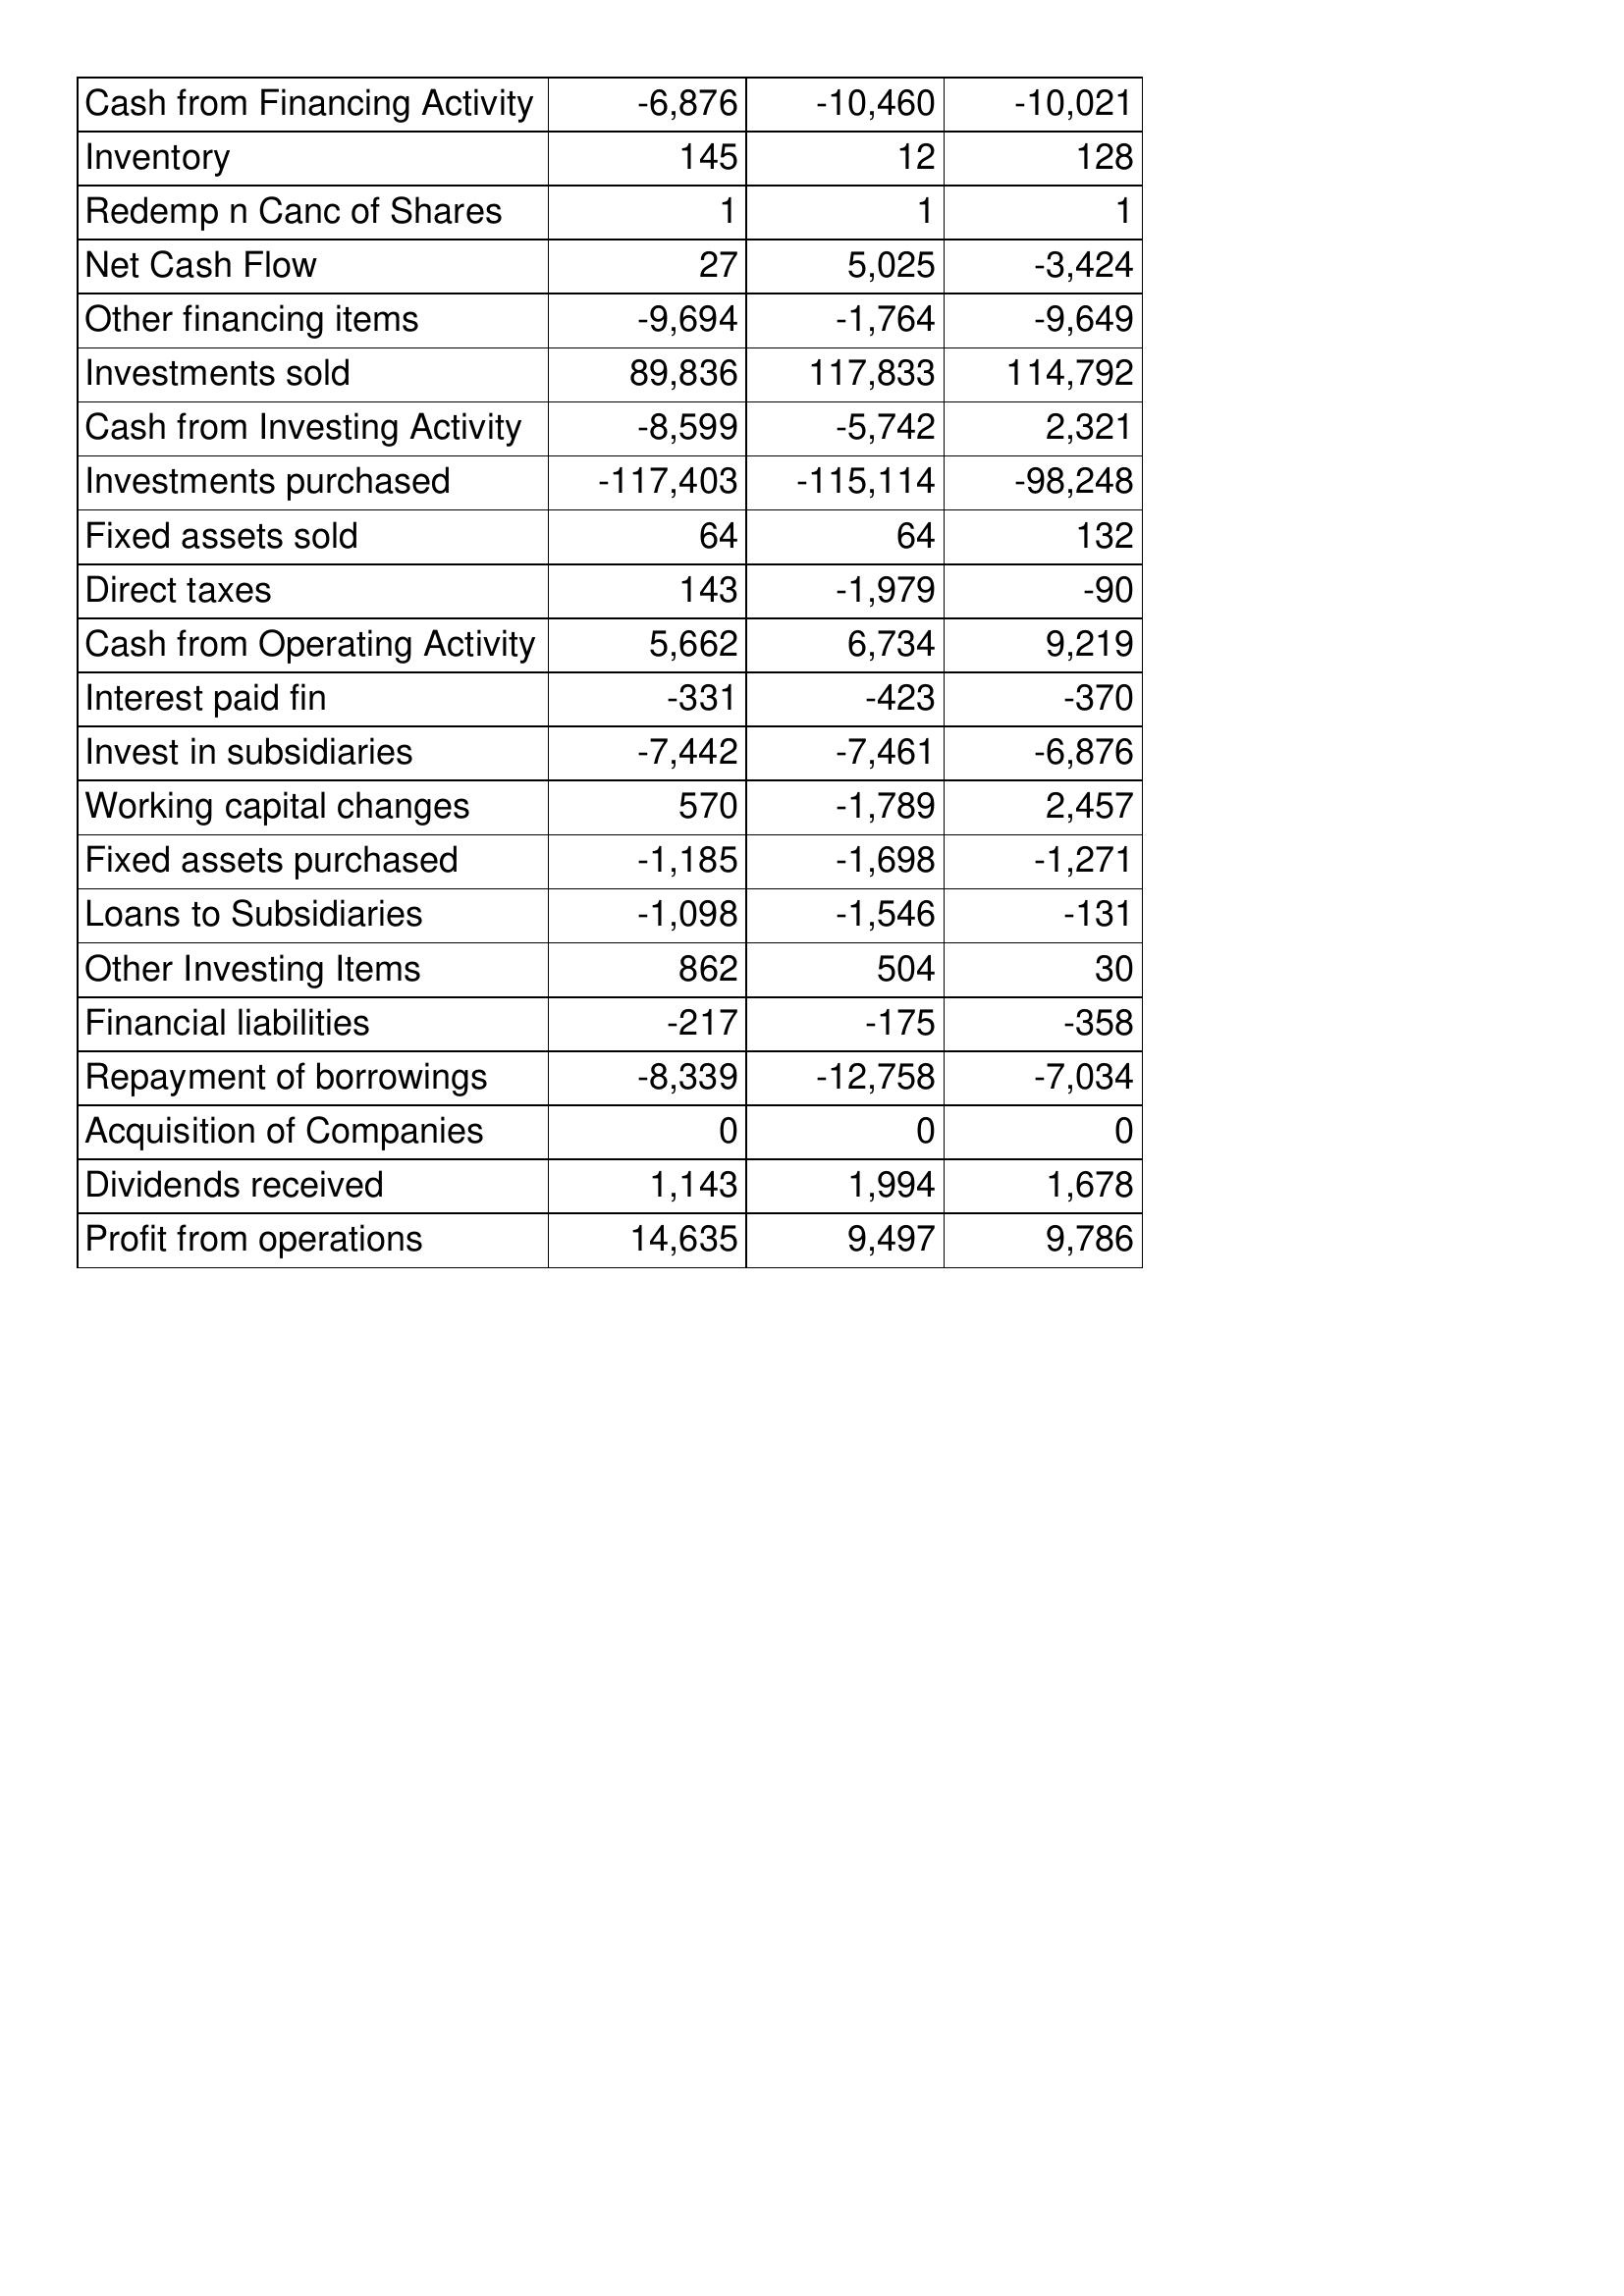
Jul-07: Cash Flows: Cash from Financing Activity: -6,876
Inventory: 145
Redemp n Canc of Shares: 1
Net Cash Flow: 27
Other financing items: -9,694
Investments sold: 89,836
Cash from Investing Activity: -8,599
Investments purchased: -117,403
Fixed assets sold: 64
Direct taxes: 143
Cash from Operating Activity: 5,662
Interest paid fin: -331
Invest in subsidiaries: -7,442
Working capital changes: 570
Fixed assets purchased: -1,185
Loans to Subsidiaries: -1,098
Other Investing Items: 862
Financial liabilities: -217
Repayment of borrowings: -8,339
Acquisition of Companies: 0
Dividends received: 1,143
Profit from operations: 14,635
Jul-08: Cash Flows: Cash from Financing Activity: -10,460
Inventory: 12
Redemp n Canc of Shares: 1
Net Cash Flow: 5,025
Other financing items: -1,764
Investments sold: 117,833
Cash from Investing Activity: -5,742
Investments purchased: -115,114
Fixed assets sold: 64
Direct taxes: -1,979
Cash from Operating Activity: 6,734
Interest paid fin: -423
Invest in subsidiaries: -7,461
Working capital changes: -1,789
Fixed assets purchased: -1,698
Loans to Subsidiaries: -1,546
Other Investing Items: 504
Financial liabilities: -175
Repayment of borrowings: -12,758
Acquisition of Companies: 0
Dividends received: 1,994
Profit from operations: 9,497
Jul-09: Cash Flows: Cash from Financing Activity: -10,021
Inventory: 128
Redemp n Canc of Shares: 1
Net Cash Flow: -3,424
Other financing items: -9,649
Investments sold: 114,792
Cash from Investing Activity: 2,321
Investments purchased: -98,248
Fixed assets sold: 132
Direct taxes: -90
Cash from Operating Activity: 9,219
Interest paid fin: -370
Invest in subsidiaries: -6,876
Working capital changes: 2,457
Fixed assets purchased: -1,271
Loans to Subsidiaries: -131
Other Investing Items: 30
Financial liabilities: -358
Repayment of borrowings: -7,034
Acquisition of Companies: 0
Dividends received: 1,678
Profit from operations: 9,786